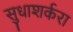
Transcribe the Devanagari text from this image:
सुधाशर्करा